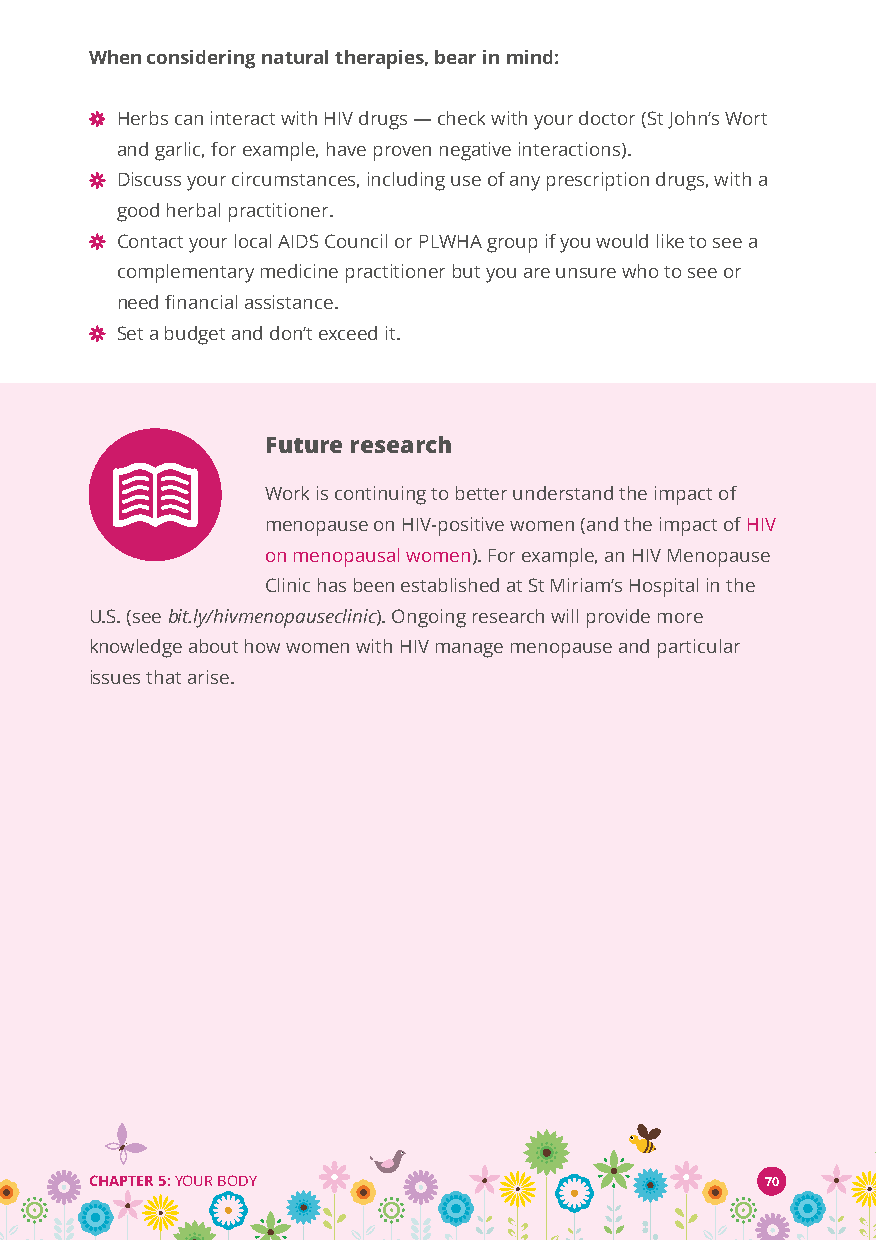
When considering natural therapies, bear in mind:
 Herbs can interact with HIV drugs—check with your doctor (St John’s Wort
 and garlic, for example, have proven negative interactions).
 Discuss your circumstances, including use of any prescription drugs, with a
 good herbal practitioner.
 Contact your local AIDS Council or PLWHA group if you would like to see a
 complementary medicine practitioner but you are unsure who to see or
 need financial assistance.
 Set a budget and don’t exceed it.
 Future research
 Work is continuing to better understand the impact of
 menopause on HIV-positive women (and the impact ofHIV
 on menopausal women). For example, an HIV Menopause
 Clinic has been established at St Miriam’s Hospital in the
 U.S. (seebit.ly/hivmenopauseclinic). Ongoing research will provide more
 knowledge about how women with HIV manage menopause and particular
 issues that arise.
 CHAPTER 5:YOUR BODY                          70